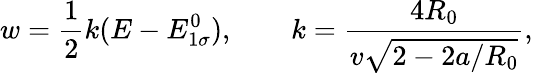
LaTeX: w=\frac{1}{2}k(E-E_{1\sigma}^{0}),\qquad k=\frac{4R_{0}}{v\sqrt{2-2a/R_{0}}},